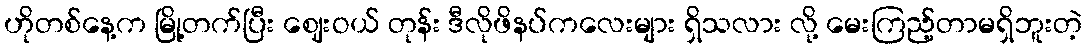
ဟိုတစ်နေ့က မြို့တက်ပြီး ဈေးဝယ် တုန်း ဒီလိုဖိနပ်ကလေးများ ရှိသလား လို့ မေးကြည့်တာမရှိဘူးတဲ့